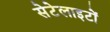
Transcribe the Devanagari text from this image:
सेटेलाइटों